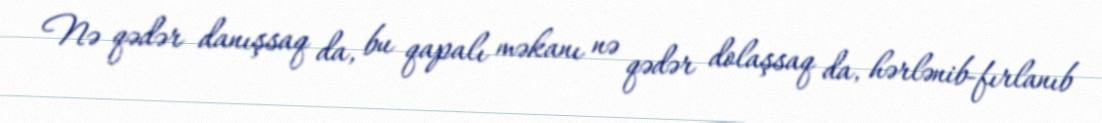
Nə qədər danışsaq da, bu qapalı məkanı nə qədər dolaşsaq da, hərlənib-fırlanıb